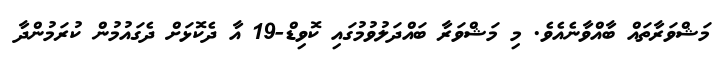
މަޝްވަރާތައް ބާއްވާނެއެވެ. މި މަޝްވަރާ ބައްދަލުވުމުގައި ކޮވިޑް-19 އާ ދެކޮޅަށް ދެގައުމުން ކުރަމުންދާ